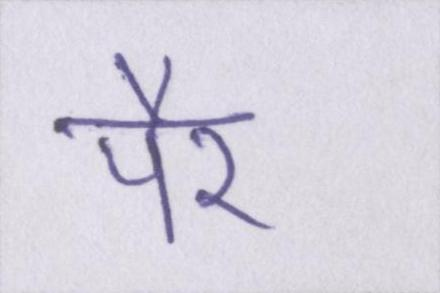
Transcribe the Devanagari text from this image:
पैर